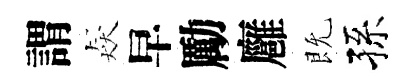
謂猋早勵廱既孫